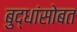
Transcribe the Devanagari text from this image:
बुद्धांसोबत